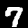
Digit: 7